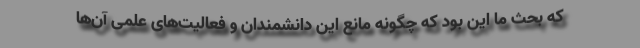
که بحث ما این بود که چگونه مانع این دانشمندان و فعالیت‌های علمی آن‌ها